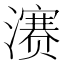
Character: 𪷱